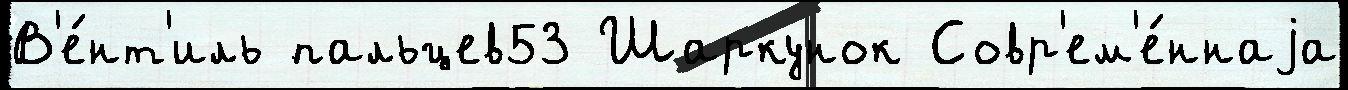
В'е́нт'иль пальцев53 Шаркунок Совр'ем'е́ннаjа